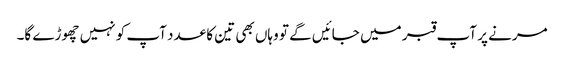
مرنے پر آپ قبر میں جائیں گے تو وہاں بھی تین کا عدد آپ کو نہیں چھوڑے گا۔